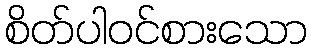
စိတ်ပါဝင်စားသော